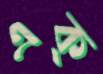
এক্